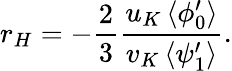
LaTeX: r_{H}=-\frac{2}{3}\frac{u_{K}\left<\phi_{0}^{\prime}\right>}{v_{K}\left<\psi_{1}^{\prime}\right>}.